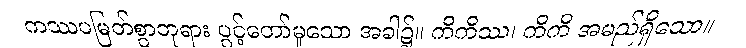
ကဿပမြတ်စွာဘုရား ပွင့်တော်မူသော အခါ၌။ ကိကိဿ၊ ကိကိ အမည်ရှိသော။